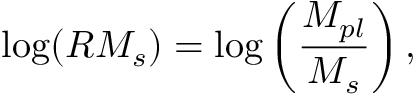
\mathrm { l o g } ( R M _ { s } ) = \mathrm { l o g } \left( \frac { M _ { p l } } { M _ { s } } \right) ,